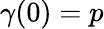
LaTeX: \gamma(0)=p